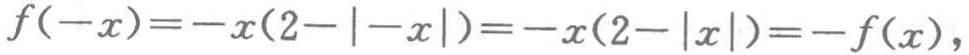
\[f(-x)=-x(2 - |-x|)=-x(2 - |x|)=-f(x),\]